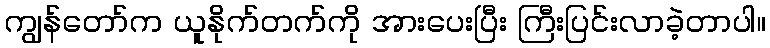
ကျွန်တော်က ယူနိုက်တက်ကို အားပေးပြီး ကြီးပြင်းလာခဲ့တာပါ။